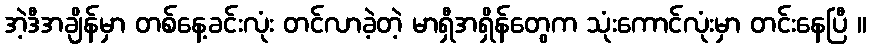
အဲ့ဒီအချိန်မှာ တစ်နေ့ခင်းလုံး တင်လာခဲ့တဲ့ မာရှီအရှိန်တွေက သုံးကောင်လုံးမှာ တင်းနေပြီ ။